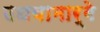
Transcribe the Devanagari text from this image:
उधवामार्गे